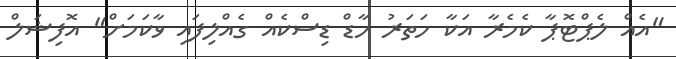
"އެއް ލެޕްޓޮޕާ ކެމެރާ އަކާ ހަތަރު ހާޑް ޑިސްކެއް ގެއްލިފައި ވާކަމަށް" އޮފިޝަލް